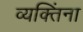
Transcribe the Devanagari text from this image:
व्यक्‍तिंना